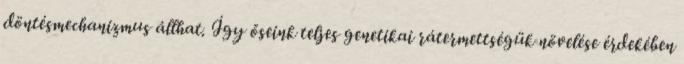
döntésmechanizmus állhat. Így őseink teljes genetikai rátermettségük növelése érdekében